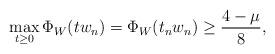
LaTeX: \begin{align*}\max_{t\geq 0}\Phi_{W}(tw_n)=\Phi_{W}(t_nw_n)\geq\frac{4-\mu}{8},\end{align*}